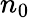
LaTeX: n_{0}